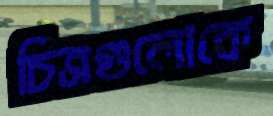
চিত্রগুলোকে